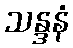
သန္ဒနံ